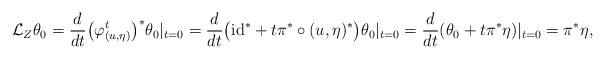
LaTeX: \begin{gather*} \mathcal{L}_Z\theta_0=\frac{d}{dt}\big(\varphi^t_{(u,\eta)}\big)^*\theta_0|_{t=0}=\frac{d}{dt}\big({\rm id}^*+t\pi^*\circ(u,\eta)^*\big)\theta_0|_{t=0}=\frac{d}{dt}(\theta_0+t\pi^*\eta)|_{t=0}=\pi^*\eta,\end{gather*}